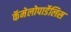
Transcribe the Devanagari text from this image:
कॅमेलोपार्डेलिस